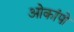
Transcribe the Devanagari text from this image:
ओकांपो